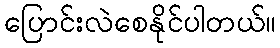
ပြောင်းလဲစေနိုင်ပါတယ်။